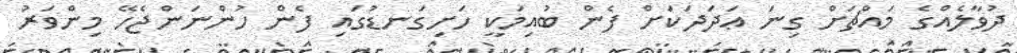
ދުވާލެއްގެ މައްޗަށް ގިނަ ޢަދަދަކަށް ފެން ބުއިމަކީ ހަށިގަނޑުގައި ފެން ހުންނަންޖެހޭ މިންވަރު